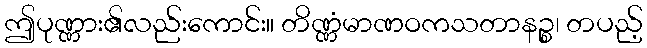
ဤပုဏ္ဏား၏လည်းကောင်း။ တိဏ္ဏံမာဏဝကသတာနဉ္စ၊ တပည့်